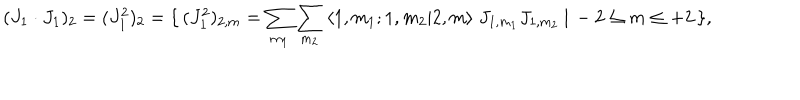
( J _ { 1 } \cdot J _ { 1 } ) _ { 2 } = ( J _ { 1 } ^ { 2 } ) _ { 2 } = \{ \, ( J _ { 1 } ^ { 2 } ) _ { 2 , m } = \sum _ { m _ { 1 } } \sum _ { m _ { 2 } } \: \langle 1 , m _ { 1 } ; 1 , m _ { 2 } | 2 , m \rangle \; J _ { 1 , m _ { 1 } } J _ { 1 , m _ { 2 } } \: | \, - 2 \le m \le + 2 \, \} ,